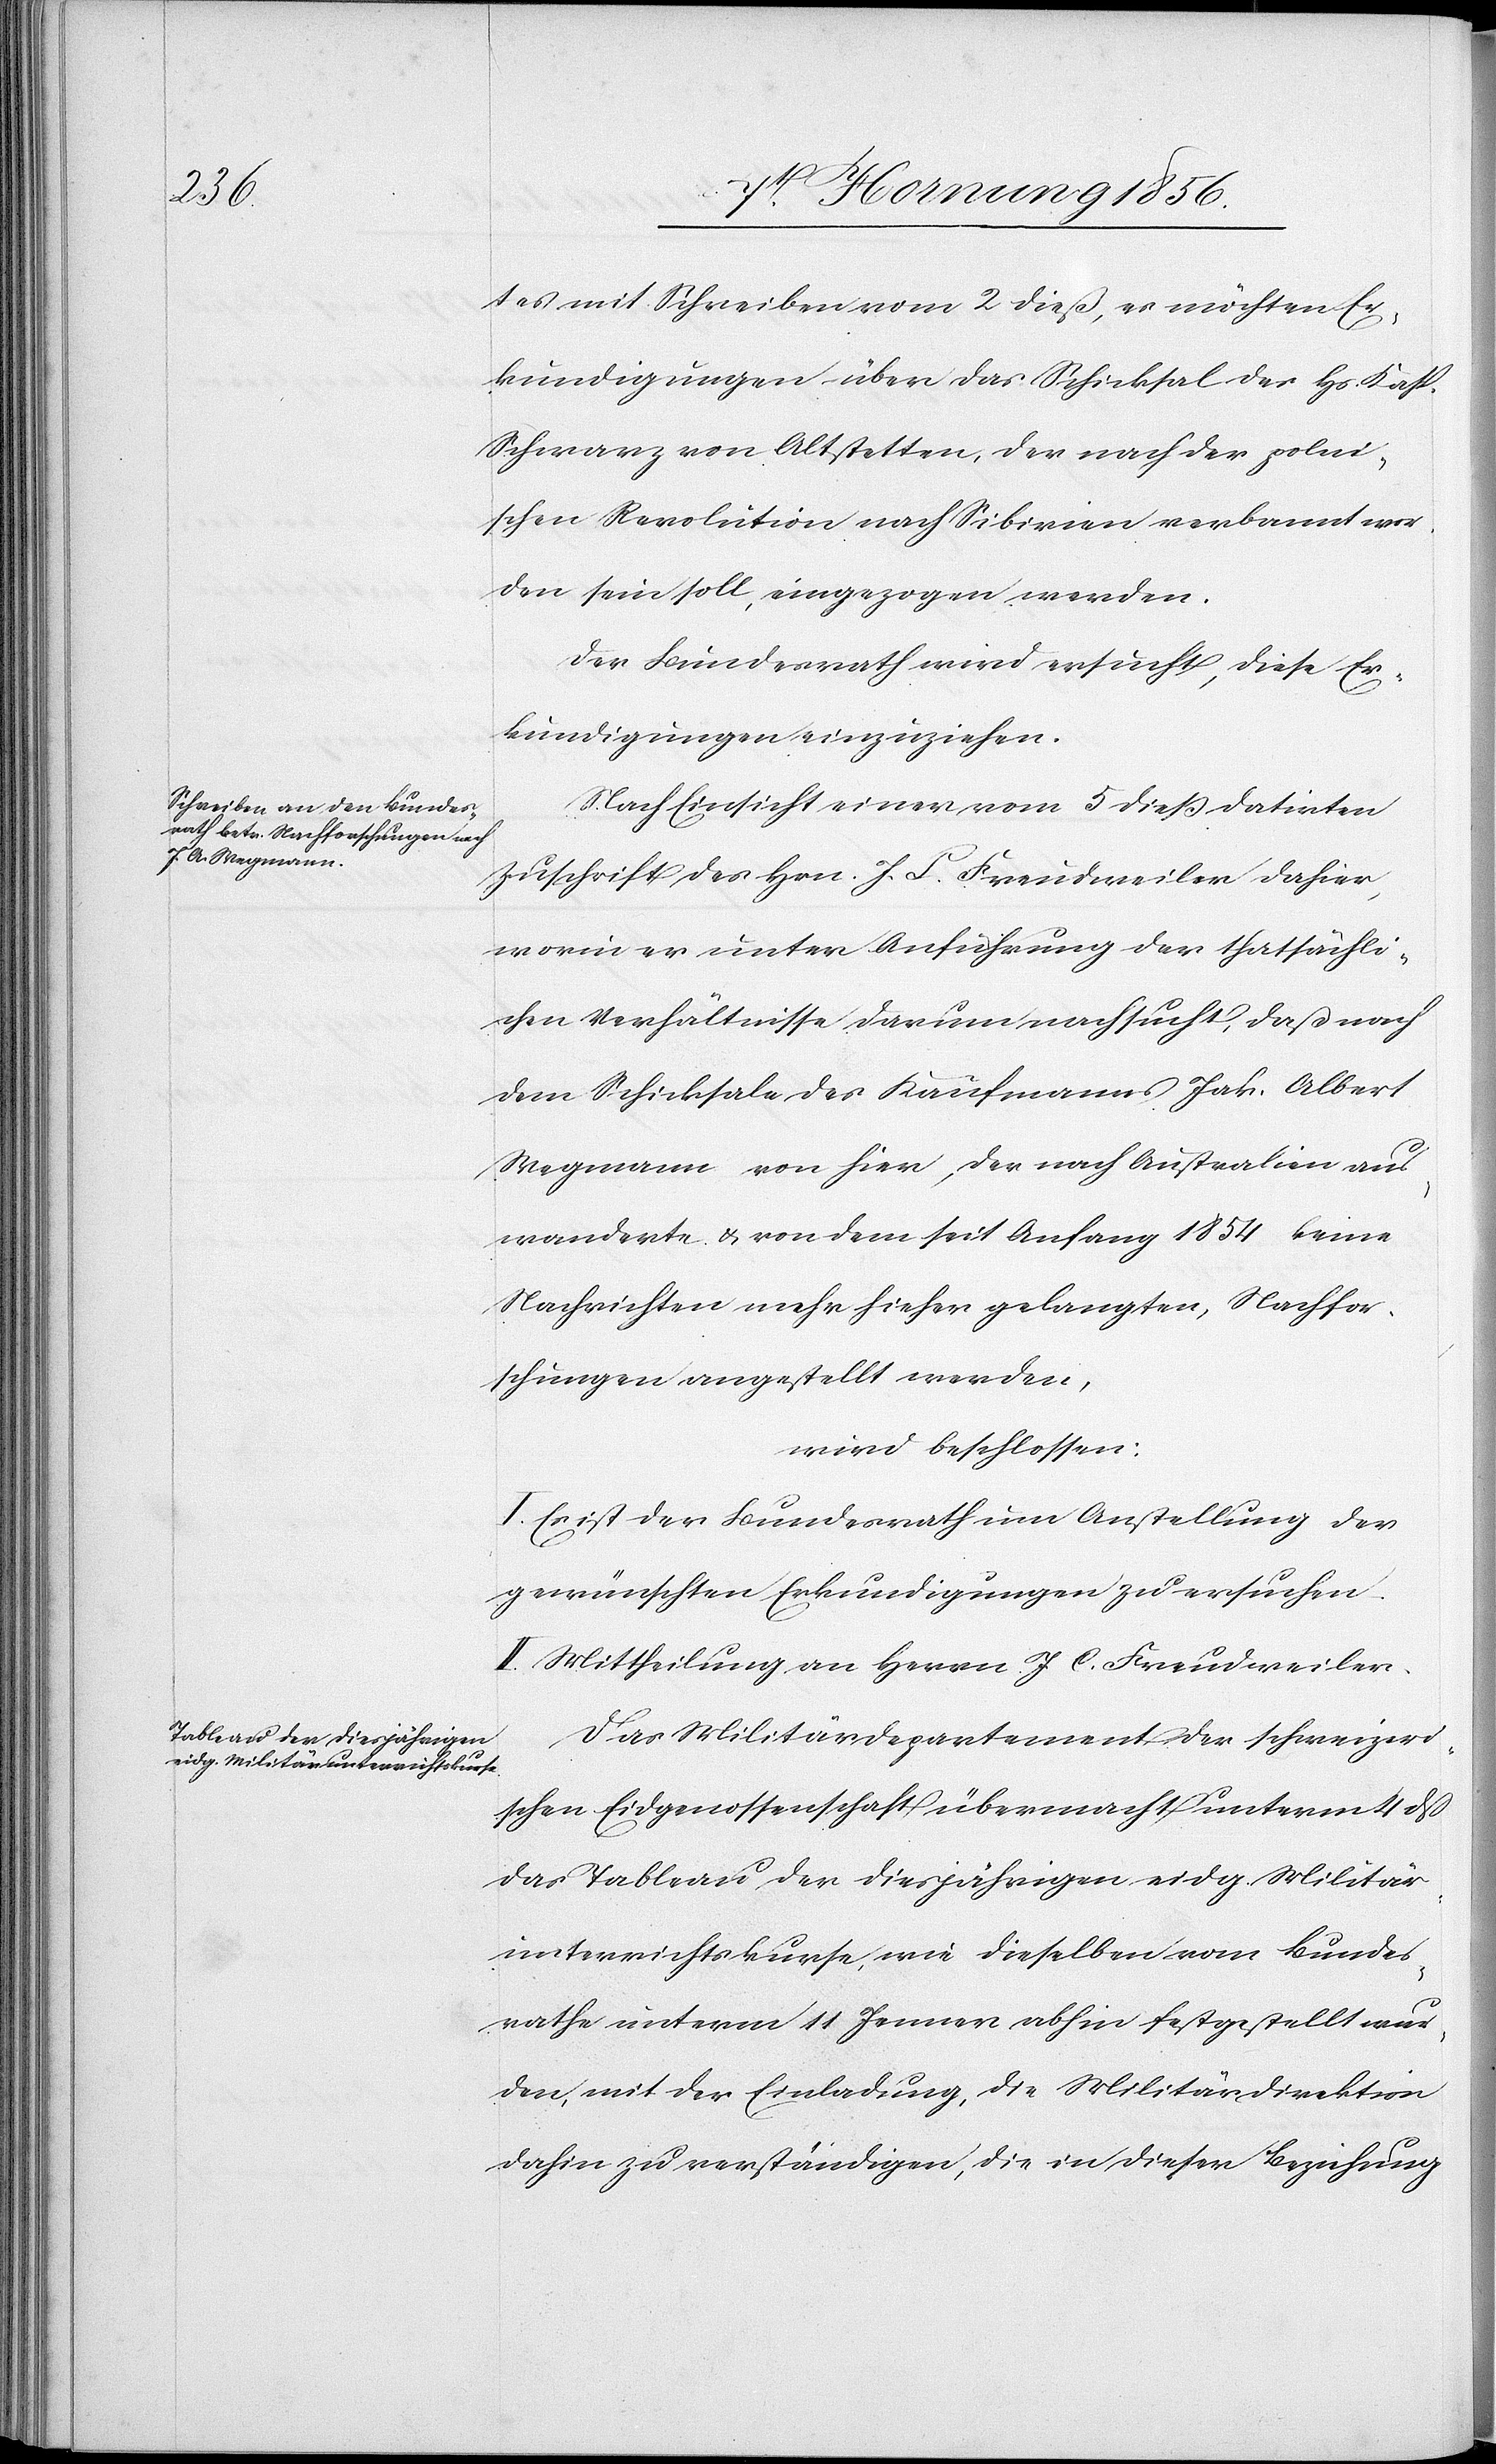
tes mit Schreiben vom 2 dieß, es möchten Er¬
kundigungen über das Schicksal des Hs. Kasp.
Schwarz von Altstetten, der nach der polni¬
schen Revolution nach Sibirien verbannt wor¬
den sein soll, eingezogen werden.
Der Bundesrath wird ersucht, diese Er¬
kundigungen einzuziehen.
Nach Einsicht einer vom 5 dieß datirten
Zuschrift des Hrn. J. C. Freudweiler dahier,
worin er unter Anführung der thatsächli¬
chen Verhältnisse darum nachsucht, daß nach
dem Schicksale des Kaufmanns Jak. Albert
Wegmann von hier, der nach Australien aus¬
wanderte u. von dem seit Anfang 1854 keine
Nachrichten mehr hieher gelangten, Nachfor¬
schungen angestellt werden,
wird beschlossen:
I. Es ist der Bundesrath um Anstellung der
gewünschten Erkundigungen zu ersuchen.
II. Mittheilung an Herrn J. C. Freudweiler.
Das Militärdepartement der schweizeri¬
schen Eidgenossenschaft übermacht unterm 4 dß
das Tableau der diesjährigen eidg. Militär¬
unterrichtskurse, wie dieselben vom Bundes¬
rathe unterm 11 Jenner abhin festgestellt wur¬
den, mit der Einladung, die Militärdirektion
dahin zu verständigen, die in dieser Bezeichnung